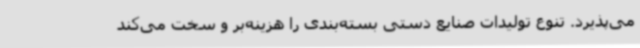
می‌پذیرد. تنوع تولیدات صنایع دستی بسته‌بندی را هزینه‌بر و سخت می‌کند